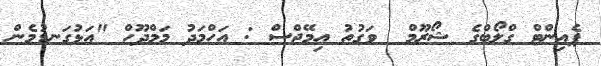
ޕެއިންޓް ގްލޯބްގެ ޝޯރޫމް  ވަގުތު އިމޭޖްސް : އަހްމަދު މަމްދޫހް "އަޅުގަނޑުމެން